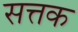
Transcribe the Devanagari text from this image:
सत्तक